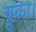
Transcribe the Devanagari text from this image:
चूका।